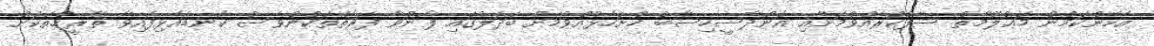
އެހެންކަމުން މަޢުލޫމާތު ސާފުކުރެއްވުމަށާއި އަންދާސީހިސާބު ހުށަހެޅުއްވުމަށް ބަދަލުގައި ފޮނުވާ ފަރާތްތަކުންވެސް ކަނޑައެޅިފައިވާ ތާރީޚުތަކަށް